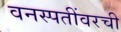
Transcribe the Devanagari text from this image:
वनस्पतींवरची